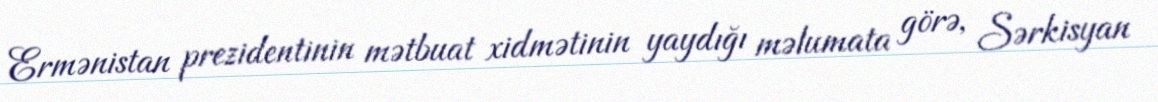
Ermənistan prezidentinin mətbuat xidmətinin yaydığı məlumata görə, Sərkisyan